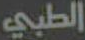
الطبي